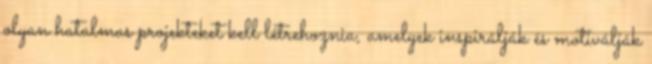
olyan hatalmas projekteket kell létrehoznia, amelyek inspirálják és motiválják